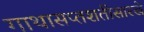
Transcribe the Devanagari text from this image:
गाथासप्तशतीसारखे